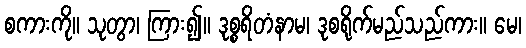
စကားကို။ သုတွာ၊ ကြား၍။ ဒုစ္စရိတံနာမ၊ ဒုစရိုက်မည်သည်ကား။ မေ၊